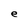
Character: e